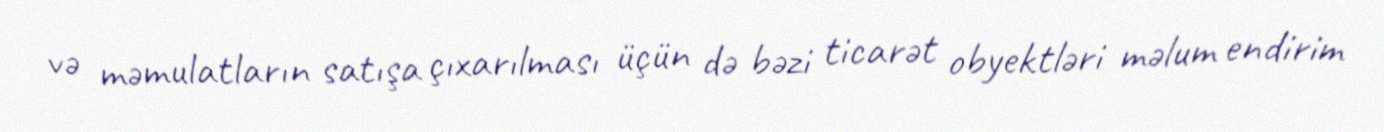
və məmulatların satışa çıxarılması üçün də bəzi ticarət obyektləri məlum endirim